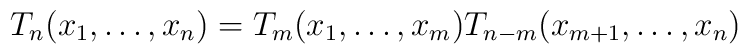
T_n(x_1,\ldots,x_n)=T_m(x_1,\ldots,x_m)T_{n-m}(x_{m+1},\ldots,x_n)